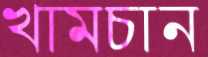
খামচান